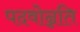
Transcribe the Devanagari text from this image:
पदवोन्नति